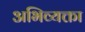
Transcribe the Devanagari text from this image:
अभिव्यक्ता